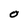
Character: O